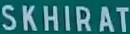
SKHIRAT